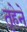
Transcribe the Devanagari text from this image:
तृहेने